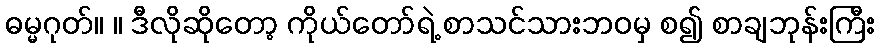
ဓမ္မဂုတ်။ ။ ဒီလိုဆိုတော့ ကိုယ်တော်ရဲ့ စာသင်သားဘဝမှ စ၍ စာချဘုန်းကြီး